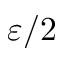
\varepsilon / 2